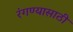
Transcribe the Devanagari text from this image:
रंगण्यासाठी